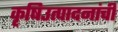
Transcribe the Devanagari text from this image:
कृषिउत्पादनांची